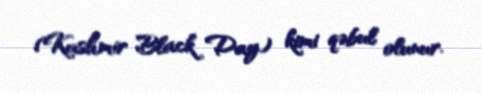
(Kashmir Black Day) kimi qəbul olunur.